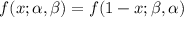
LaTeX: f ( x ; \alpha , \beta ) = f ( 1 - x ; \beta , \alpha )